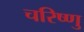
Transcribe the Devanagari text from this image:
चरिष्णु